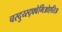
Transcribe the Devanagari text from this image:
चस्दुय्स्द्फ्वेर्गिओएतिअ